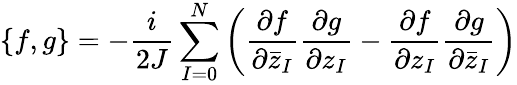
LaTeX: \{ f,g\} =-\frac{i}{2J}\sum_{I=0}^{N}\left(\frac{\partial f}{\partial{\bar{z}}_{I}}\frac{\partial g}{\partial z_{I}}-\frac{\partial f}{\partial z_{I}}\frac{\partial g}{\partial{\bar{z}}_{I}}\right)